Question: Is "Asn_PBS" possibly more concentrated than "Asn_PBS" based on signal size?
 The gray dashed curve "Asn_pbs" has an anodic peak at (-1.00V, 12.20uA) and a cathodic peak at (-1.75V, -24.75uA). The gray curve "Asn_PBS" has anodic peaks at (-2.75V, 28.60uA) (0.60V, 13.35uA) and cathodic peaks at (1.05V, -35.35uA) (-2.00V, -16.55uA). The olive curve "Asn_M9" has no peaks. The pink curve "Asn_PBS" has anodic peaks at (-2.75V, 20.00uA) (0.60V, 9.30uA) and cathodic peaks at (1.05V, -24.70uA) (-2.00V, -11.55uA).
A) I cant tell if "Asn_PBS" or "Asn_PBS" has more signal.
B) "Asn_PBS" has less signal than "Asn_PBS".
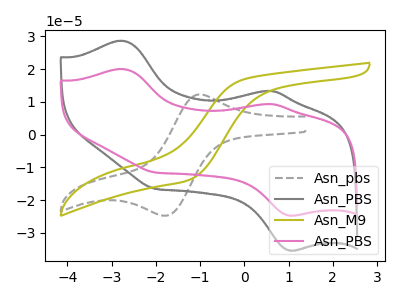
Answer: <think>All the peaks in "Asn_PBS" have a peak in "Asn_PBS" at the same potential. Every peak in "Asn_PBS" is lower than every peak in "Asn_PBS".
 </think>
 <answer>B) "Asn_PBS" has less signal than "Asn_PBS".</answer>
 <eval>B</eval>